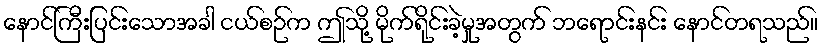
နောင်ကြီးပြင်းသောအခါ ငယ်စဉ်က ဤသို့ မိုက်ရိုင်းခဲ့မှုအတွက် ဘရောင်းနင်း နောင်တရသည်။